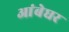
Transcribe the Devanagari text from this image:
आंबेघर